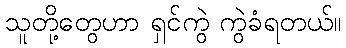
သူတို့တွေဟာ ရှင်ကွဲ ကွဲခံရတယ်။